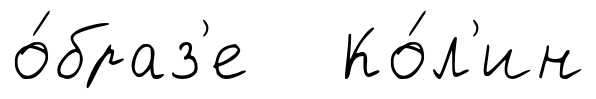
о́браз'е Ко́л'ин